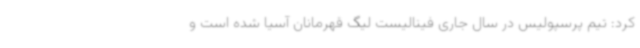
کرد: تیم پرسپولیس در سال جاری فینالیست لیگ قهرمانان آسیا شده است و